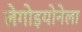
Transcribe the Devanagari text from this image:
लेगोइयोनेला